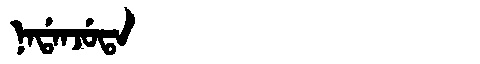
Manchu: ᠨᠠᡩᠠᠨᠵᡠᡨᠠ
Romanization: NADANJUTA